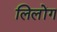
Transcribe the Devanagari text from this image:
लिलोंग